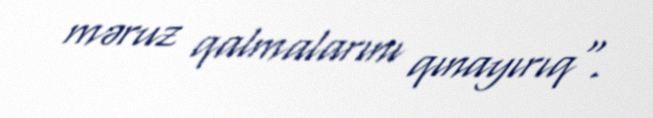
məruz qalmalarını qınayırıq".